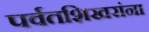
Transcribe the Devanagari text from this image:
पर्वतशिखरांना